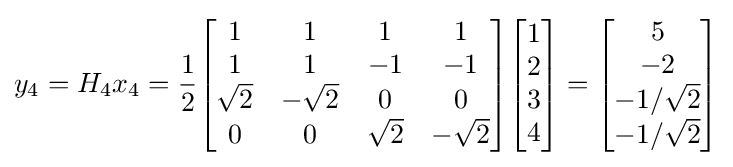
y_{4}=H_{4}x_{4}={\frac {1}{2}}{\begin{bmatrix}1&1&1&1\\1&1&-1&-1\\{\sqrt {2}}&-{\sqrt {2}}&0&0\\0&0&{\sqrt {2}}&-{\sqrt {2}}\end{bmatrix}}{\begin{bmatrix}1\\2\\3\\4\end{bmatrix}}={\begin{bmatrix}5\\-2\\-1/{\sqrt {2}}\\-1/{\sqrt {2}}\end{bmatrix}}